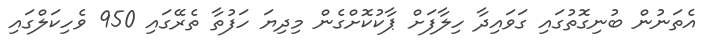
އެތަނުން ބުނިގޮތުގައި ގަވައިދާ ހިލާފަށް ޕާކުކޮށްގެން މިދިޔަ ހަފުތާ ތެރޭގައި 950 ވެހިކަލްގައި